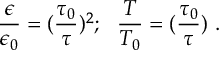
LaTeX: { \frac { \epsilon } { \epsilon _ { 0 } } } = ( { \frac { \tau _ { 0 } } { \tau } } ) ^ { 2 } ; ~ ~ { \frac { T } { T _ { 0 } } } = ( { \frac { \tau _ { 0 } } { \tau } } ) ~ .